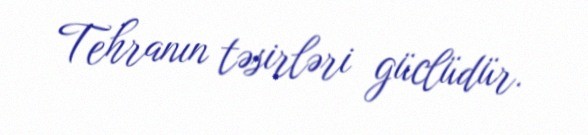
Tehranın təsirləri güclüdür.